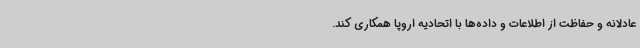
عادلانه و حفاظت از اطلاعات و داده‌ها با اتحادیه اروپا همکاری کند.